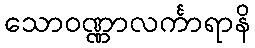
သောဝဏ္ဏာလင်္ကာရာနိ